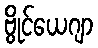
ဗွိုင်ယေဂျာ